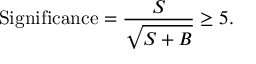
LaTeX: \mathrm { S i g n i f i c a n c e } = { \frac { S } { \sqrt { S + B } } } \geq 5 .